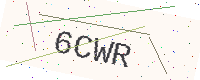
Text: 6CWR